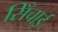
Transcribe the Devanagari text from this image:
सिँचाई